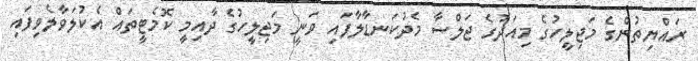
ރައްޔިތުންގެ މަޖިލީހުގެ މިއަދުގެ ޖަލްސާ މެދުކަނޑާލާފައި ވަނީ މަޖިލީހުގެ ދާއިމީ ކޮމެޓީތައް އެކުލަވާލެވިފައި